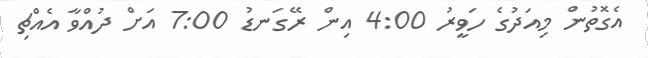
އެގޮތުން މިއަދުގެ ހަވީރު 4:00 އިން ރޭގަނޑު 7:00 އަށް ދުއްވާ އެއްޗި